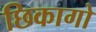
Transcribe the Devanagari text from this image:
छिकागो